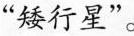
“矮行星”